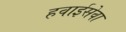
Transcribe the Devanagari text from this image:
हवाईसेवा